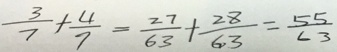
\frac { 3 } { 7 } + \frac { 4 } { 7 } = \frac { 2 7 } { 6 3 } + \frac { 2 8 } { 6 3 } = \frac { 5 5 } { 6 3 }